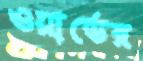
ওয়ার্ডের